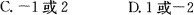
C.-1或2 D.1或-2